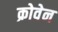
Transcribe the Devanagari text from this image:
क्रोवेन